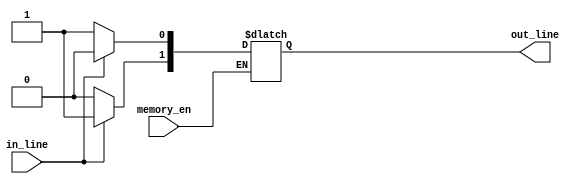
module Decoder(
    in_line, out_line, memory_en
);
    input           in_line;
    output  reg [1:0]   out_line;
    input           memory_en;

    always @(in_line) begin
        if (memory_en == 1'b1) begin
            case (in_line)
            1'b0 : 
                begin 
                    out_line[0] = 1'b1;
                    out_line[1] = 1'b0;
                end
            1'b1 :                
                begin 
                    out_line[0] = 1'b0;
                    out_line[1] = 1'b1;
                end
        endcase
        end
    end
endmodule

// This module has ben Given in Practice Problem 03
module RAM1 (addr, CS, RW, idata, odata);
    input CS, RW;
    input [9:0] addr;
    input [7:0] idata;
    output [7:0] odata;
    reg [7:0] d_out;
    reg [7:0] Mem1 [0:1023];
    assign odata = (CS && RW) ? d_out : 8'd0;
    
    always @(addr or idata or CS or RW)
        if (CS && !RW)
            Mem1 [addr] = idata;
    always @(addr or CS or RW)
        if (CS && RW)
            d_out = Mem1 [addr];
    initial
        $readmemh("memory1.dat", Mem1);
endmodule

// This module has ben Given in Practice Problem 03
module RAM2 (addr, CS, RW, idata, odata);
    input CS, RW;
    input [9:0] addr;
    input [7:0] idata;
    output [7:0] odata;
    reg [7:0] d_out;
    reg [7:0] Mem2 [0:1023];

    assign odata = (CS && RW)?d_out:8'd0;

    always @(addr or idata or CS or RW)
        if (CS && !RW)
            Mem2 [addr] = idata;
    always @(addr or CS or RW)
        if (CS && RW)
            d_out = Mem2 [addr];
    initial
        $readmemh ("memory2.dat", Mem2);
endmodule



module top;

wire [7:0] out_LSB, out_MSB, output_data;
wire [1:0] CS;		

reg memory_enable, read_write;
reg [7:0] input_data;	
reg [10:0] addr_lines_;

//module Decoder( in_line, out_line, memory_en );
Decoder Decoder_1X2 (addr_lines_[10],   CS,     memory_enable);

//module RAM1 (addr, CS, RW, idata, odata);
RAM1 memory_1(addr_lines_[9:0],     CS[0],      read_write,     input_data,     out_LSB);	

//module RAM2 (addr, CS, RW, idata, odata);
RAM2 memory_2(addr_lines_[9:0],     CS[1],      read_write,     input_data,     out_MSB); 

assign output_data = (out_LSB | out_MSB);	

    initial 
    begin
        addr_lines_ = 11'd1;
        memory_enable = 1'b1;
        read_write = 1'b1;
        #10 addr_lines_ = 11'd1;
        #10 read_write = 1'b1;
        #10 $display("Address =  %d  ||| Byte = %h", addr_lines_, output_data);

        #10 addr_lines_ = 11'd8;

        #10 $display("Address =  %d  ||| Byte = %h", addr_lines_, output_data);

        #10 addr_lines_ = 11'd11;

        #10 $display("Address =  %d  ||| Byte = %h", addr_lines_, output_data);

        //010000000001
        #10 addr_lines_ = 11'd1025;

        #10 $display("Address =  %d  ||| Byte = %h", addr_lines_, output_data);

        #10 addr_lines_ = 11'd1030;

        #10 $display("Address =  %d  ||| Byte = %h", addr_lines_, output_data);

        #10 addr_lines_ = 11'd1034;
        #10 $display("Address =  %d  ||| Byte = %h", addr_lines_, output_data);

        #10 input_data = 8'd172;
        #10 $display("Address =  %d  ||| Byte = %h", input_data, addr_lines_);
        #10 read_write = 1'b0;
        #10 read_write = 1'b1;

        #5 $display("Address =  %d  ||| Byte = %h", addr_lines_, output_data);
    end
endmodule



// ** Test Bench for Decoder ***///////
// module tb;
//     wire [1:0] out_line;
//     reg in_line;
//     wire memory_en;

//     assign memory_en = 1'b1;

//     Decoder Dec(in_line, out_line, memory_en);

//     always begin
//             in_line = 1'b0;
//             #10;
//             in_line = 1'b1;
//             #10;
//     end
// endmodule